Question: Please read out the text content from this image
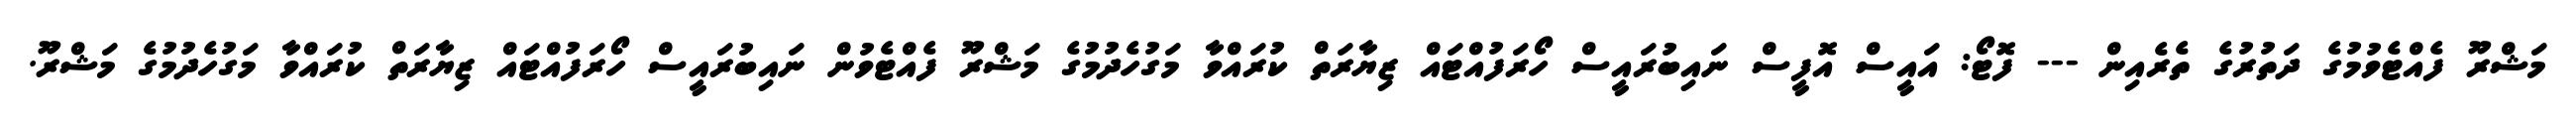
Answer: މަޝްރޫ ފެއްޓެވުމުގެ ދަތުރުގެ ތެރެއިން --- ފޮޓޯ: އައީސް އޮފީސް ނައިބުރައީސް ހޯރަފުއްޓައް ޒިޔާރަތް ކުރައްވާ މަގުހެދުމުގެ މަޝްރޫ ފެއްޓެވުން ނައިބުރައީސް ހޯރަފުއްޓައް ޒިޔާރަތް ކުރައްވާ މަގުހެދުމުގެ މަޝްރޫ.